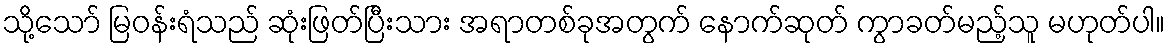
သို့သော် မြဝန်းရံသည် ဆုံးဖြတ်ပြီးသား အရာတစ်ခုအတွက် နောက်ဆုတ် ကွာခတ်မည့်သူ မဟုတ်ပါ။